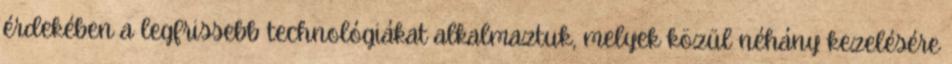
érdekében a legfrissebb technológiákat alkalmaztuk, melyek közül néhány kezelésére